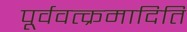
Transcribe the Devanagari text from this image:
पूर्ववत्क्रमादिति